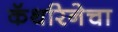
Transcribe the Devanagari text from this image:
कॅथरिनेचा